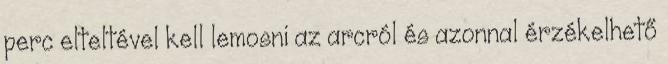
perc elteltével kell lemosni az arcról és azonnal érzékelhető